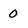
Character: 0